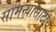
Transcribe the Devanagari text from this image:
सामन्यांसाठीचे